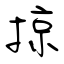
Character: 掠